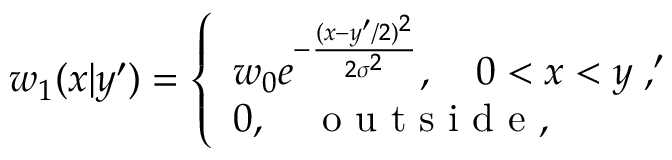
w _ { 1 } ( x | y ^ { \prime } ) = \left\{ \begin{array} { l } { { w _ { 0 } } e ^ { - { \frac { ( x - y ^ { \prime } / 2 ) ^ { 2 } } { 2 \sigma ^ { 2 } } } } , \quad 0 < x < y \; , ^ { \prime } } \\ { 0 , \quad \mathrm { ~ o ~ u ~ t ~ s ~ i ~ d ~ e ~ , ~ } } \end{array} \right.